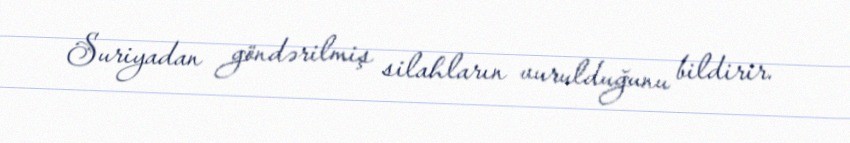
Suriyadan göndərilmiş silahların vurulduğunu bildirir.